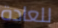
للعادة